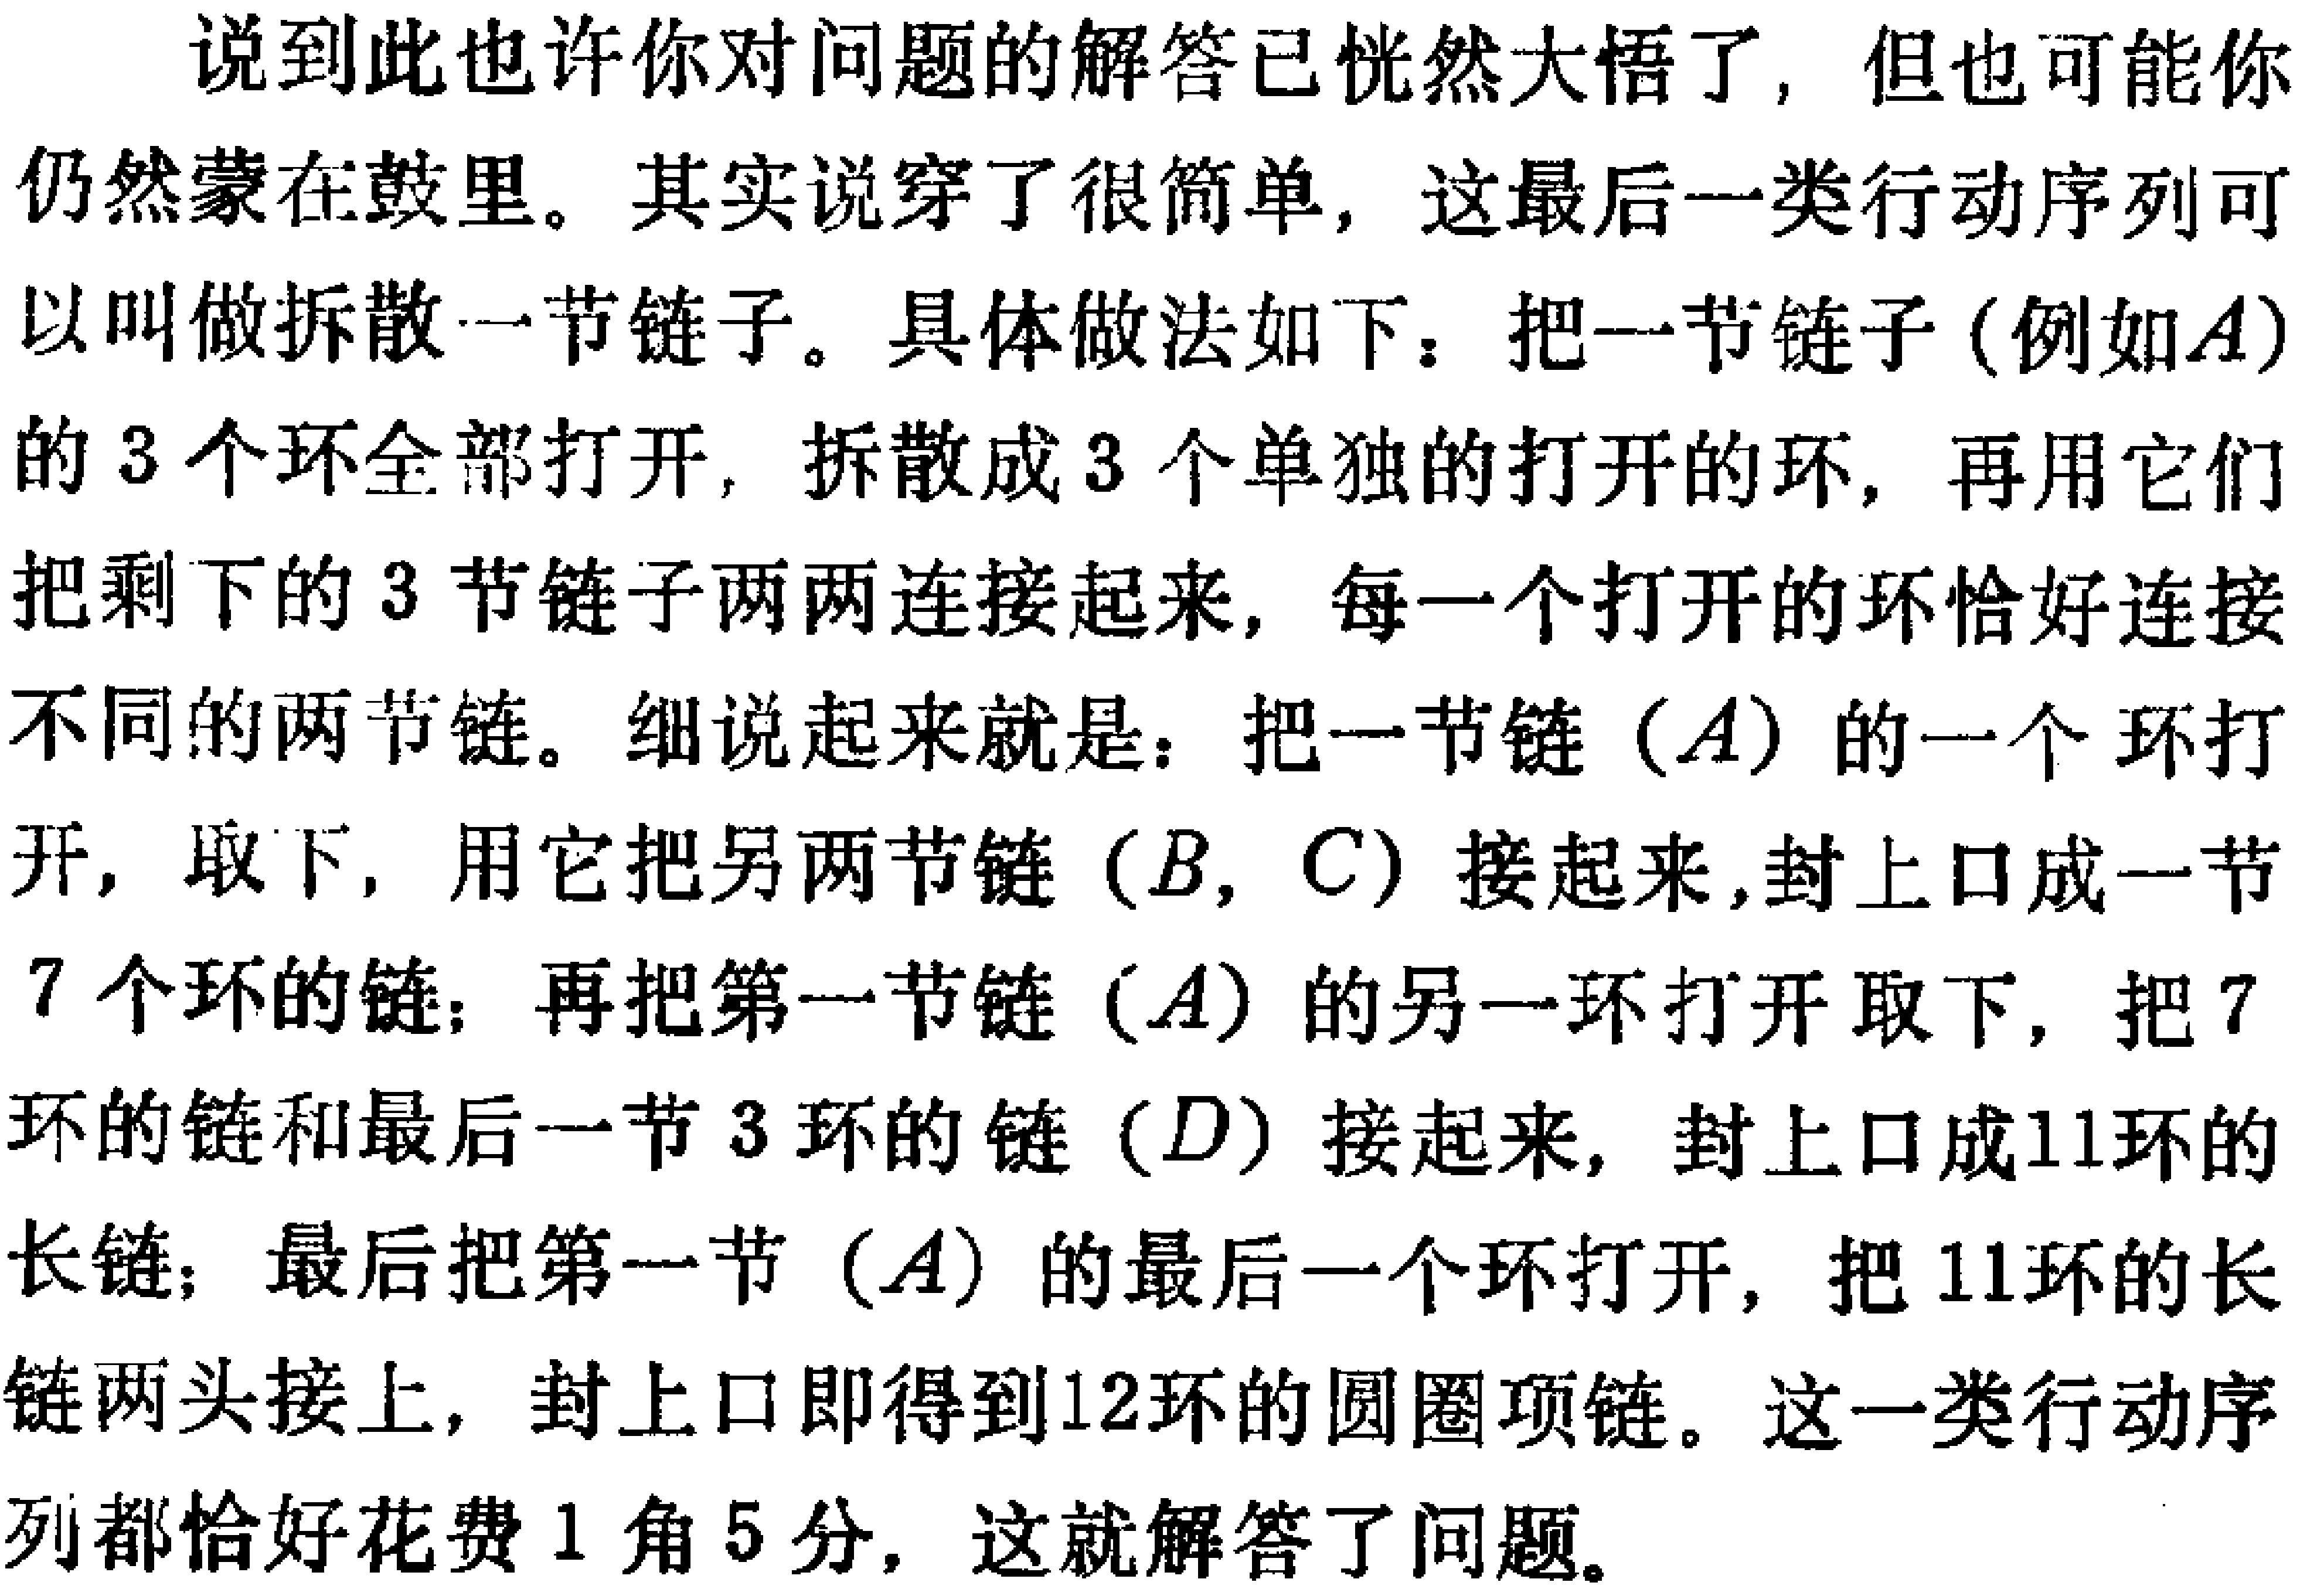
说到此也许你对问题的解答已恍然大悟了，但也可能你

仍然蒙在鼓里。其实说穿了很简单，这最后一类行动序列可

以叫做拆散一节链子。具体做法如下：把一节链子 (例如\(A\))

的 \(3\) 个环全部打开，拆散成 \(3\) 个单独的打开的环，再用它们

把剩下的 \(3\) 节链子两两连接起来，每一个打开的环恰好连接

不同的两节链。细说起来就是：把一节链 (\(A\)) 的一个 环打

开，取下，用它把另两节链 (\(B,C\)) 接起来,封上口成一节

\(7\) 个环的链；再把第一节链 (\(A\)) 的另一环打开取下，把 \(7\)

环的链和最后一节 \(3\) 环的链 (\(D\)) 接起来，封上口成\(11\)环的

长链；最后把第一节 (\(A\)) 的最后一个环打开，把 \(11\)环的长

链两头接上，封上口即得到\(12\)环的圆圈项链。这一类行动序

列都恰好花费 \(1\) 角 \(5\) 分，这就解答了问题。